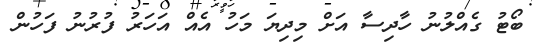
ބޯޓު ގެއްލުނު ހާދިސާ އަށް މިދިޔަ މަހު އެއް އަހަރު ފުރުނު ފަހުން